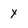
Character: y